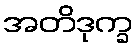
အတိဒုက္ခ